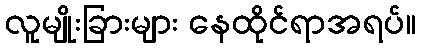
လူမျိုးခြားများ နေထိုင်ရာအရပ်။